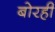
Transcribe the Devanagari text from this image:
बोरही